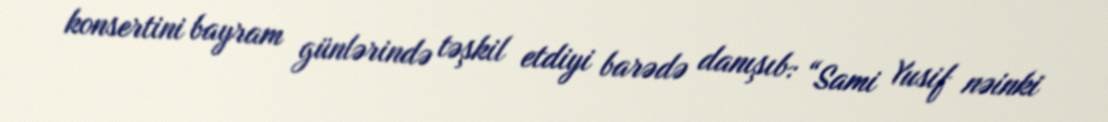
konsertini bayram günlərində təşkil etdiyi barədə danışıb: “Sami Yusif nəinki